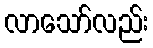
လာသော်လည်း